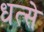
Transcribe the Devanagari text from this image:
धत्से